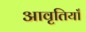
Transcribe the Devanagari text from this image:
आवृतियाँ